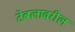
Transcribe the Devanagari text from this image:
टेबलावरील